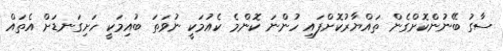
ސާގު ބޭނުންކޮށްގެން ތައްޔާރުކޮށްފައި ހުންނަ ކޮންމެ ކެއުމަކީ ނުވަތަ ބުއިމަކީ ހަށިގަނޑަށް އެތައް